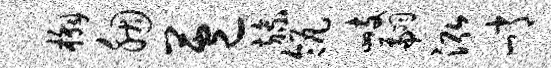
槲胭苞旒瓴峙翩泓峭